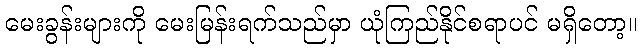
မေးခွန်းများကို မေးမြန်းရက်သည်မှာ ယုံကြည်နိုင်စရာပင် မရှိတော့။